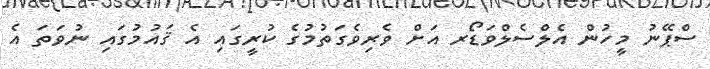
ސްޕޭނު މީހުން އެލްސެލްވަޑޯރ އަށް ވެރިވެގަތުމުގެ ކުރީގައި އެ ޤައުމުގައި ނުވަތަ އެ